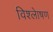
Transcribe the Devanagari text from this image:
विश्लेाषण